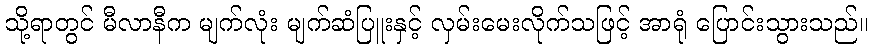
သို့ရာတွင် မီလာနီက မျက်လုံး မျက်ဆံပြူးနှင့် လှမ်းမေးလိုက်သဖြင့် အာရုံ ပြောင်းသွားသည်။